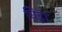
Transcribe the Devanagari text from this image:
घिड़ा